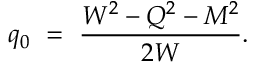
q _ { 0 } \ = \ { \frac { W ^ { 2 } - Q ^ { 2 } - M ^ { 2 } } { 2 W } } .